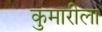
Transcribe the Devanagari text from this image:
कुमारीला